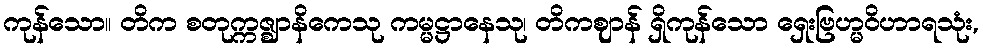
ကုန်သော။ တိက စတုက္ကဇ္ဈာနိကေသု ကမ္မဋ္ဌာနေသု၊ တိကဈာန် ရှိကုန်သော ရှေးဗြဟ္မဝိဟာရသုံး,